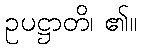
ဥပဋ္ဌာတိ၊ ၏။